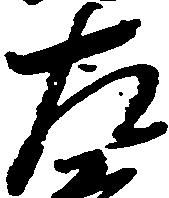
左